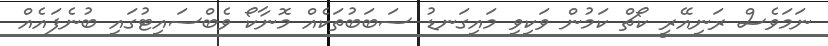
ނަމަވެސް ރަނިއޭރީ ކޯޗް ކަމުން ވަކިވި މައިގަނޑު ސަބަބުތަކެއް މޮނާކޯ ވެބްސައިޓުގައި ބުނެފައެއް